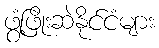
ဖွံ့ဖြိုးဆဲနိုင်ငံများ